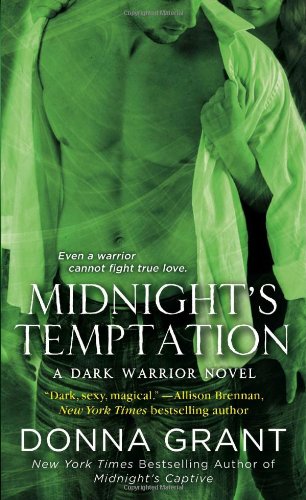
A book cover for Midnight's Temptation (Dark Warriors); Donna Grant; Romance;